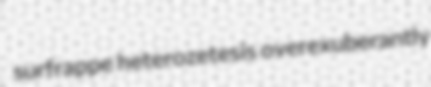
surfrappe heterozetesis overexuberantly